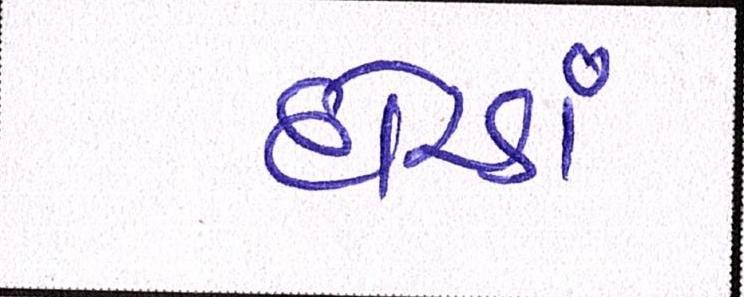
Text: દોરડાં